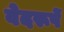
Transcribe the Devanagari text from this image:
वेदरूपें